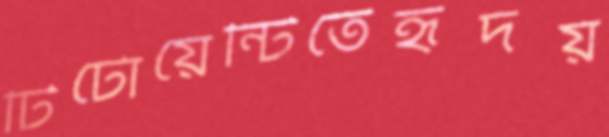
টিটোয়েন্টিতেহৃদয়